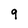
Character: 9